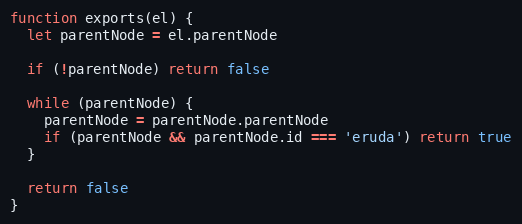
Language: JavaScript
function exports(el) {
  let parentNode = el.parentNode

  if (!parentNode) return false

  while (parentNode) {
    parentNode = parentNode.parentNode
    if (parentNode && parentNode.id === 'eruda') return true
  }

  return false
}